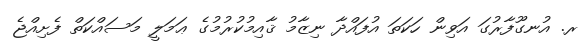
ރ. އުނގޫފާރުގަ އަވިން ހަކަތަ އުފައްދާ ނިޒާމު ޤާއިމުކުރުމުގެ ޢަމަލީ މަސައްކަތް ފެށިއްޖެ